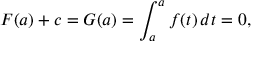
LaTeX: F ( a ) + c = G ( a ) = \int _ { a } ^ { a } f ( t ) \, d t = 0 ,